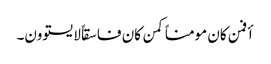
أفمن کان مومناً کمن کان فاسقاً لایستوون۔